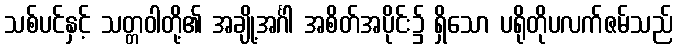
သစ်ပင်နှင့် သတ္တဝါတို့၏ အချို့အင်္ဂါ အစိတ်အပိုင်း၌ ရှိသော ပရိုတိုပလက်ဇမ်သည်